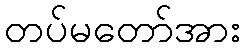
တပ်မတော်အား